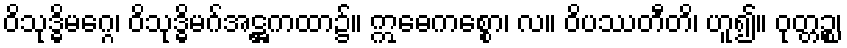
ဝိသုဒ္ဓိမဂ္ဂေ၊ ဝိသုဒ္ဓိမဂ်အဋ္ဌကထာ၌။ ဣဓေကစ္စော၊ လ။ ဝိပဿတီတိ၊ ဟူ၍။ ဝုတ္တဉ္စ၊